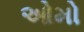
ઓમો